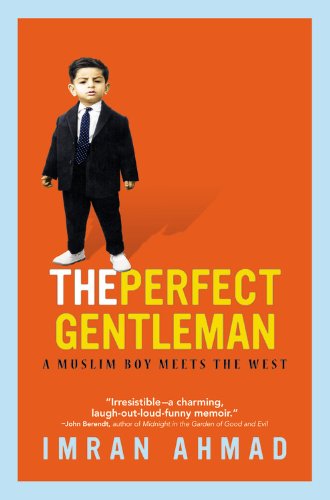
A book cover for The Perfect Gentleman: A Muslim Boy Meets the West; Imran Ahmad; Politics & Social Sciences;